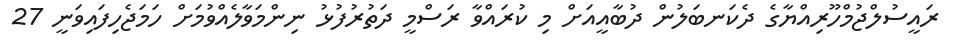
ރައީސުލްޖުމްހޫރިއްޔާގެ ދެކަނބަލުން ދުބާއީއަށް މި ކުރައްވާ ރަސްމީ ދަތުރުފުޅު ނިންމަވާލެއްވުމަށް ހަމަޖެހިފައިވަނީ 27